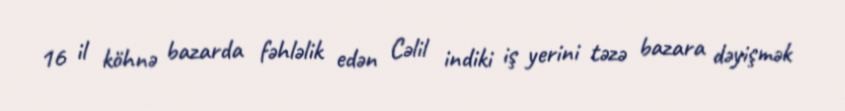
16 il köhnə bazarda fəhləlik edən Cəlil indiki iş yerini təzə bazara dəyişmək